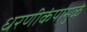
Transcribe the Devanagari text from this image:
धरणीकंपामुळे